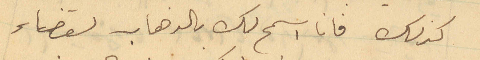
كذلك فانا اسمح لك بالذهاب لقضاء